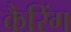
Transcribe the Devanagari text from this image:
कैरिंग